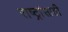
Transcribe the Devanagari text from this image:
राष्ट्रांसाठी